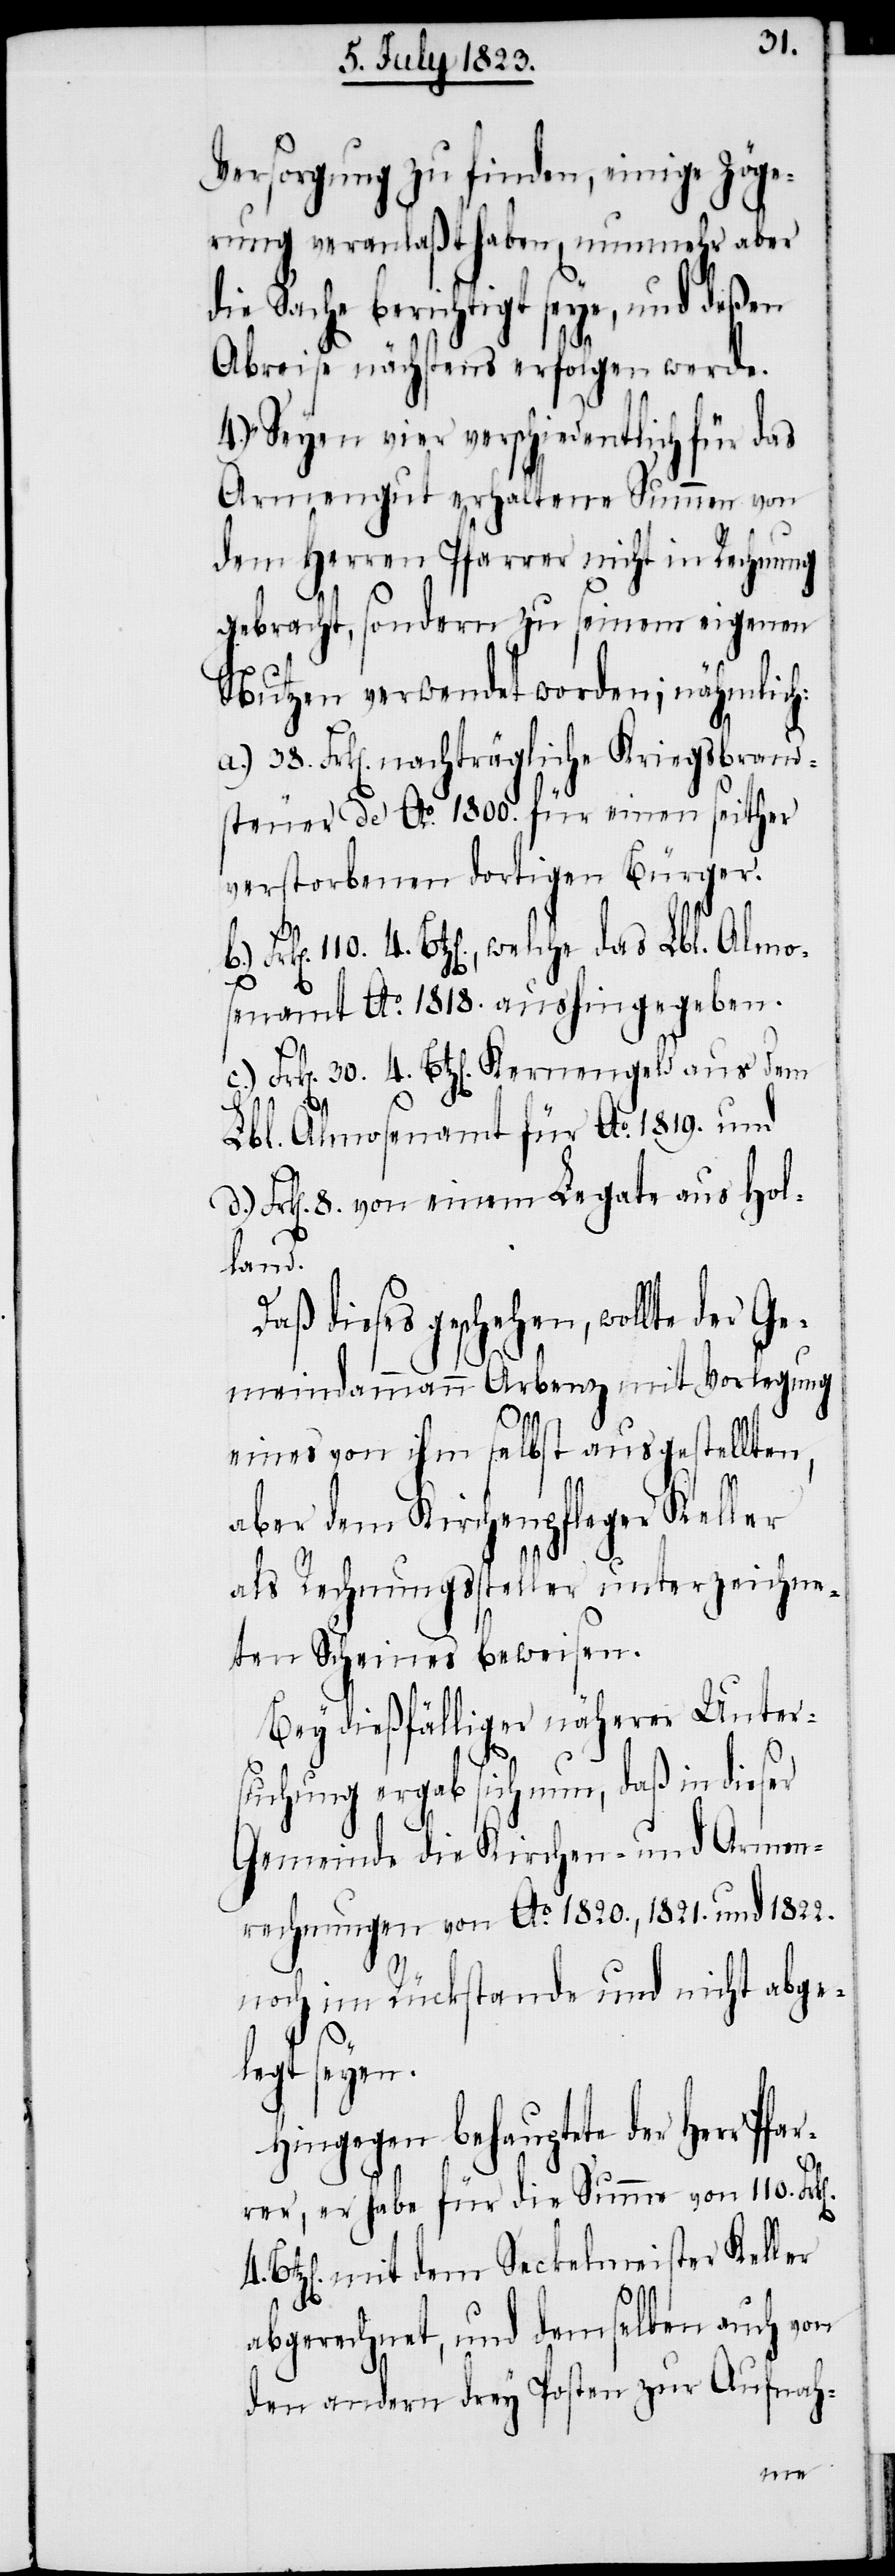
Versorgung zu finden, einige Zöge¬
rung veranlaßt haben, nunmehr aber
die Sache berichtigt seye, und deßen
Abreise nächstens erfolgen werde.
4.) „Seyen vier verschiedentlich für das
Armengut erhaltene Summen von
dem Herren Pfarrer nicht in Rechnung
gebracht, sondern zu seinem eigenen
Nutzen verwendet worden; nähmlich:
38. Frk[en]. nachträgliche Kriegsbrand¬
steuer de Ao. 1800. für einen seither
verstorbenen dortigen Bürger.
4. Btz[en]., welche das Lbl. Almo¬
senamt Ao. 1818. aushingegeben.
c.) Frk[en]. 30. 4. Btz[en]. Kernengeld aus dem
n].
4.
Lbl. Almosenamt für Ao. 1819. und
Frk[en]. 8. von einem Legate aus Hol¬
land.
Daß dieses geschehen, wollte der Ge¬
meindammann Arbenz mit Vorlegung
eines von ihm selbst ausgestellten,
aber dem Kirchenpfleger Keller
als Rechnungssteller unterzeichne¬
ten Scheines beweisen.
Bey dießfälliger näherer Unter¬
suchung ergab sich nun, daß in dieser
Gemeinde die Kirchen- und Armen¬
rechnungen von Ao. 1820., 1821. und 1822.
noch im Rückstande und nicht abge¬
legt seyen.
Hingegen behauptete der Herr
rer, er habe für die Summe von 110. Fr¬
Btz[en]. mit dem Seckelmeister Keller
abgerechnet, und demselben auch von
den andern drey Posten zur Aufnah-